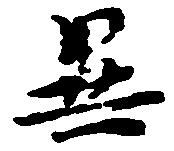
異